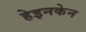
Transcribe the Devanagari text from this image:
हेइनकेन